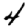
Digit: 4